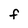
Character: F